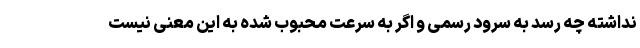
نداشته چه رسد به سرود رسمی و اگر به سرعت محبوب شده به این معنی نیست